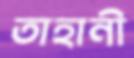
তাহানী